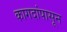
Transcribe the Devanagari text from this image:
कागदांपासून